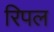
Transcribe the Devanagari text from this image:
रिपल